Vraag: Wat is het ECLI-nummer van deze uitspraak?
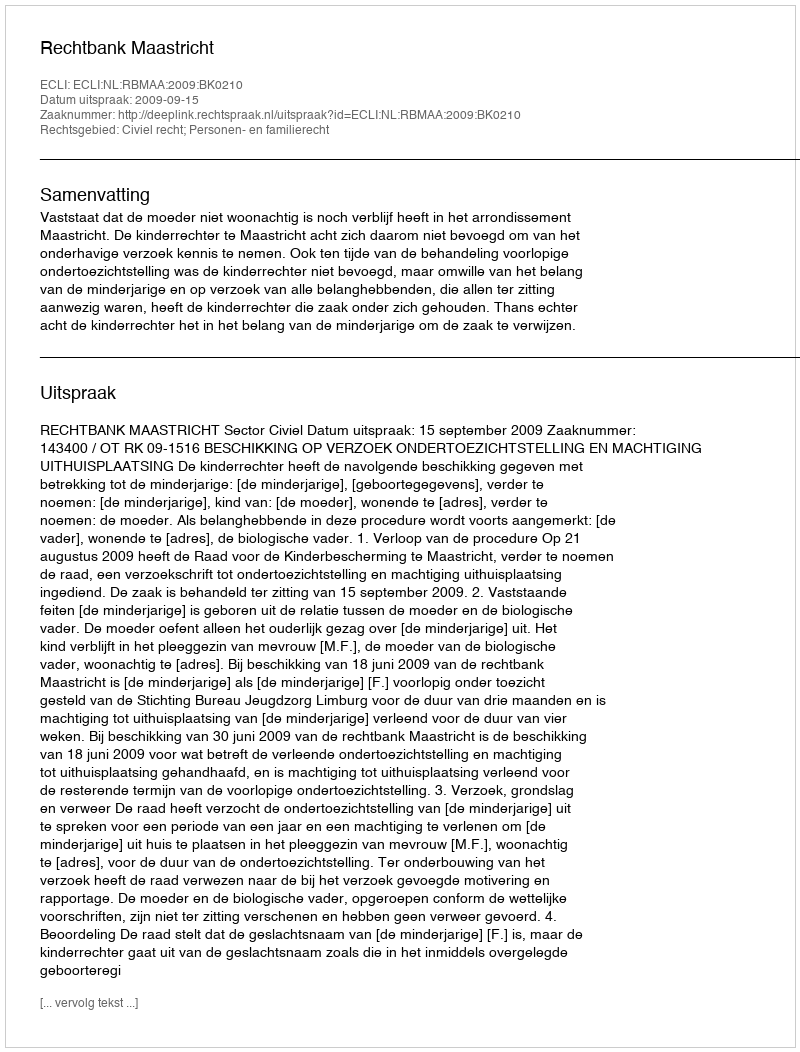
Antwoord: ECLI:NL:RBMAA:2009:BK0210